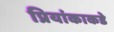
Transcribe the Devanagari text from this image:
प्रियांकाकडे